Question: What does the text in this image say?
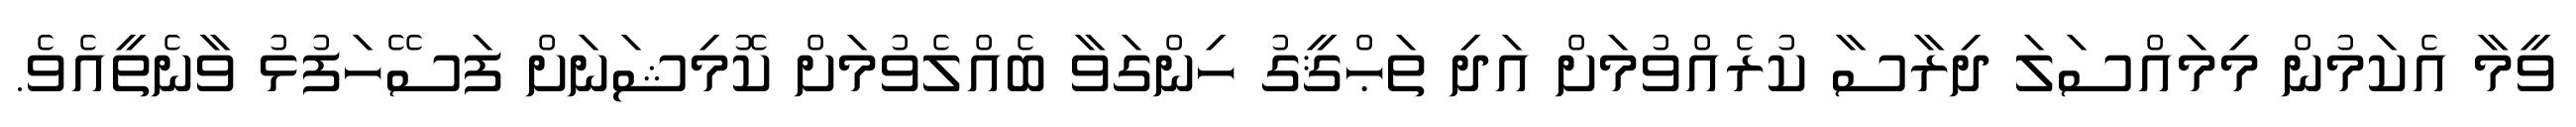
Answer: ވީމާ އެކަމުން މިމައްސަލަ ދިރާސާ ކުރެއްވުމަށް އަދި ތަޙްޤީގު ހިންގަވާ ބެއްލެވުމަށް ކޮމިޝަނަށް ފަސޭހަފުޅު ވާނެތީއެވެ.